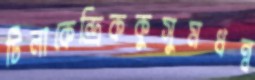
টিলাকেন্দ্রিককুসুমধন্ব